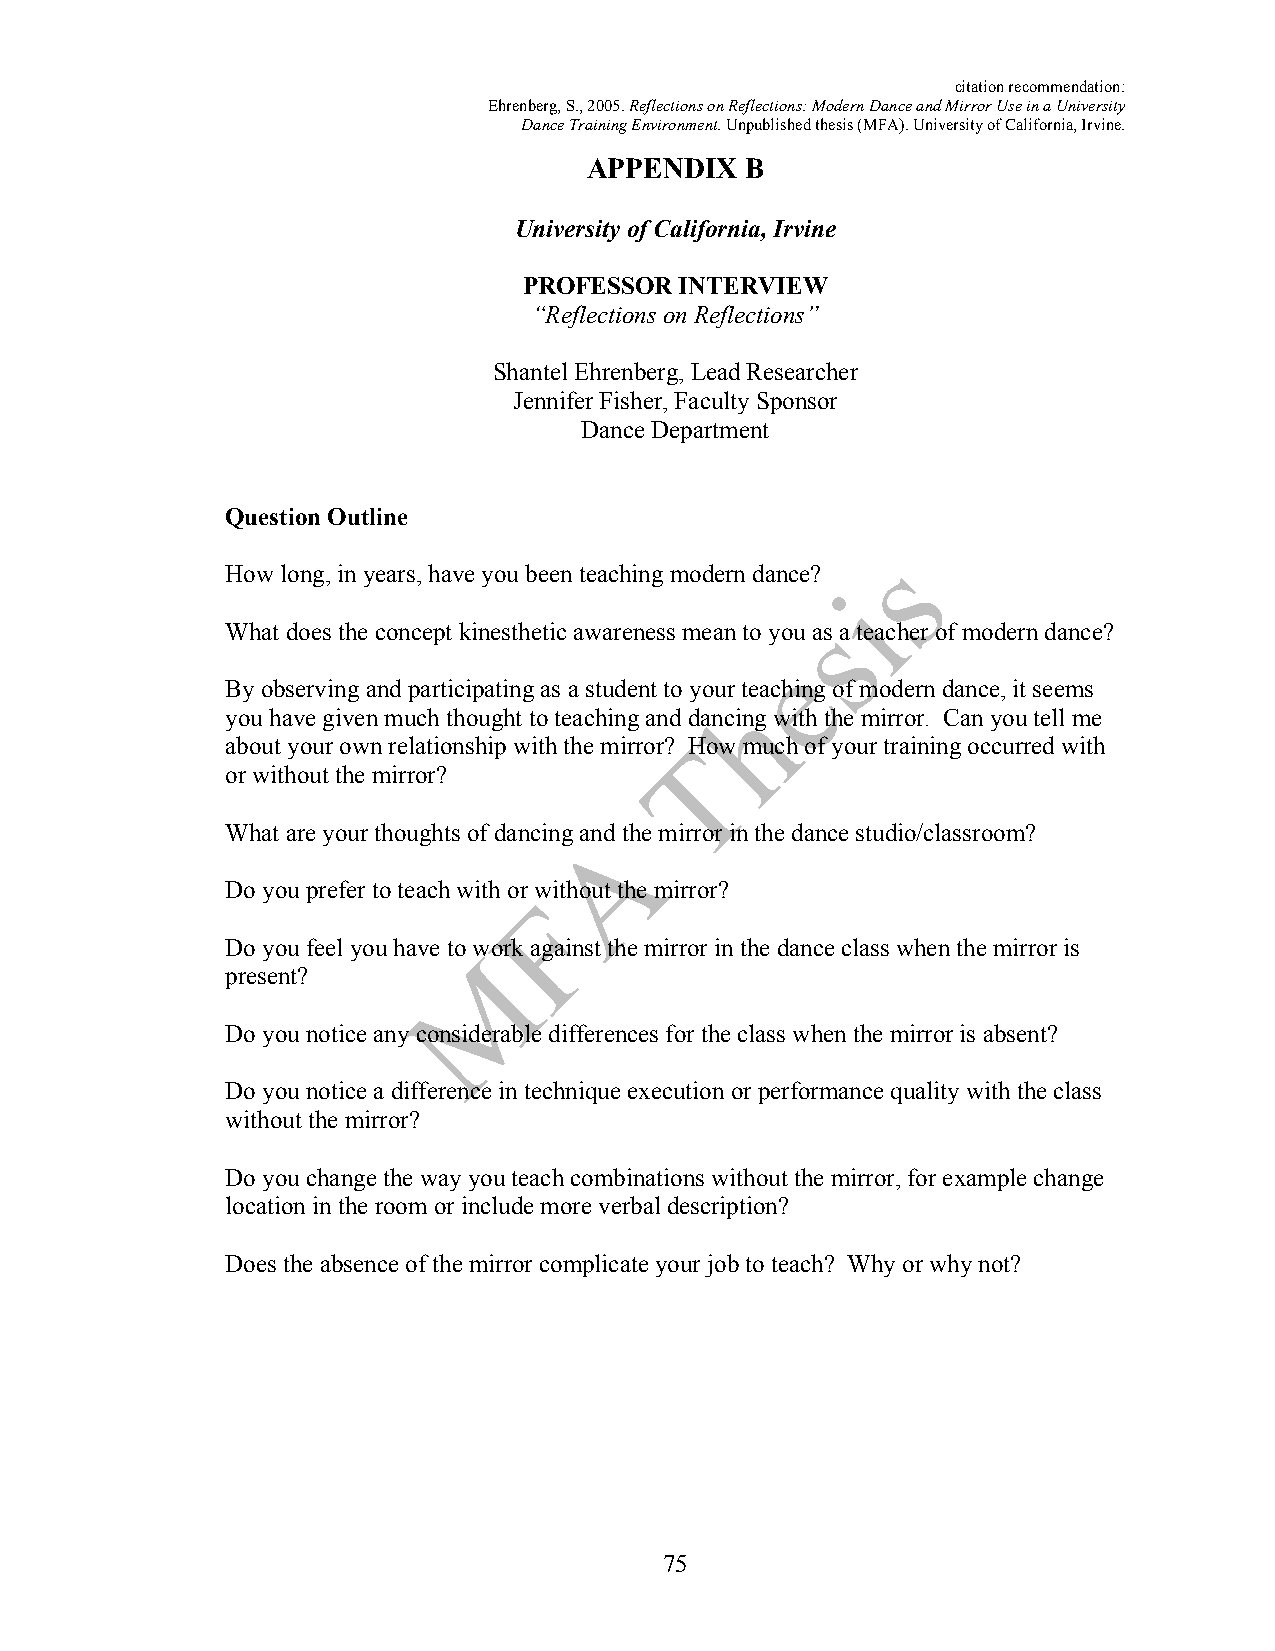
citation recommendation:
 Ehrenberg, S., 2005. Reflections on Reflections: Modern Dance and Mirror Use in a University
 Dance Training Environment. Unpublished thesis (MFA). University of California, Irvine.
 APPENDIX  B
 University of California, Irvine
 PROFESSOR INTERVIEW
 “Reflections on Reflections”
 Shantel Ehrenberg, Lead Researcher
 Jennifer Fisher, Faculty Sponsor
 Dance Department
 Question Outline
 How long, in years, have you been teaching modern dance?
 What does the concept kinesthetic awareness mean to you as a teacher of modern dance?
 By observing and participating as a student to your teaching of modern dance, it seems
 you have given much thought to teaching and dancing with the mirror. Can you tell me
 about your own relationship with the mirror? How much of your training occurred with
 or without the mirror?
 What are your thoughts of dancing and the mirror in the dance studio/classroom?
 Do you prefer to teach with or without the mirror?
 Do you feel you have to work against the mirror in the dance class when the mirror is
 present?
 Do you notice any considerable differences for the class when the mirror is absent?
 Do you notice a difference in technique execution or performance quality with the class
 without the mirror?
 Do you change the way you teach combinations without the mirror, for example change
 location in the room or include more verbal description?
 Does the absence of the mirror complicate your job to teach? Why or why not?
 75